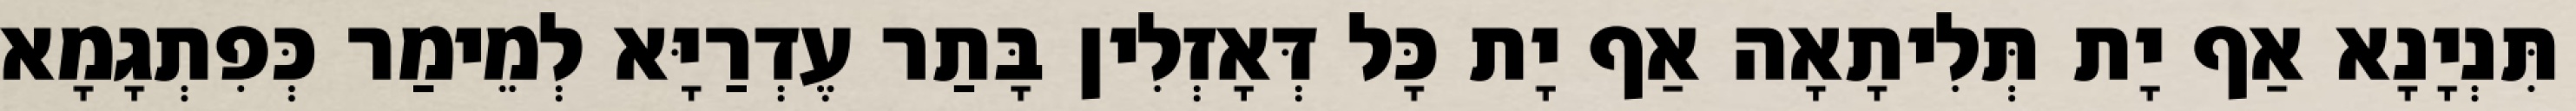
תִּנְיָנָא אַף יָת תְּלִיתָאָה אַף יָת כָּל דְּאָזְלִין בָּתַר עֶדְרַיָּא לְמֵימַר כְּפִתְגָמָא